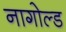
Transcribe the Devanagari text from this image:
नागोल्ड